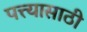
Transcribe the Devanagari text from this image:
पत्त्यासाठी